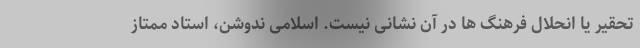
تحقیر یا انحلال فرهنگ ها در آن نشانی نیست. اسلامی ندوشن، استاد ممتاز